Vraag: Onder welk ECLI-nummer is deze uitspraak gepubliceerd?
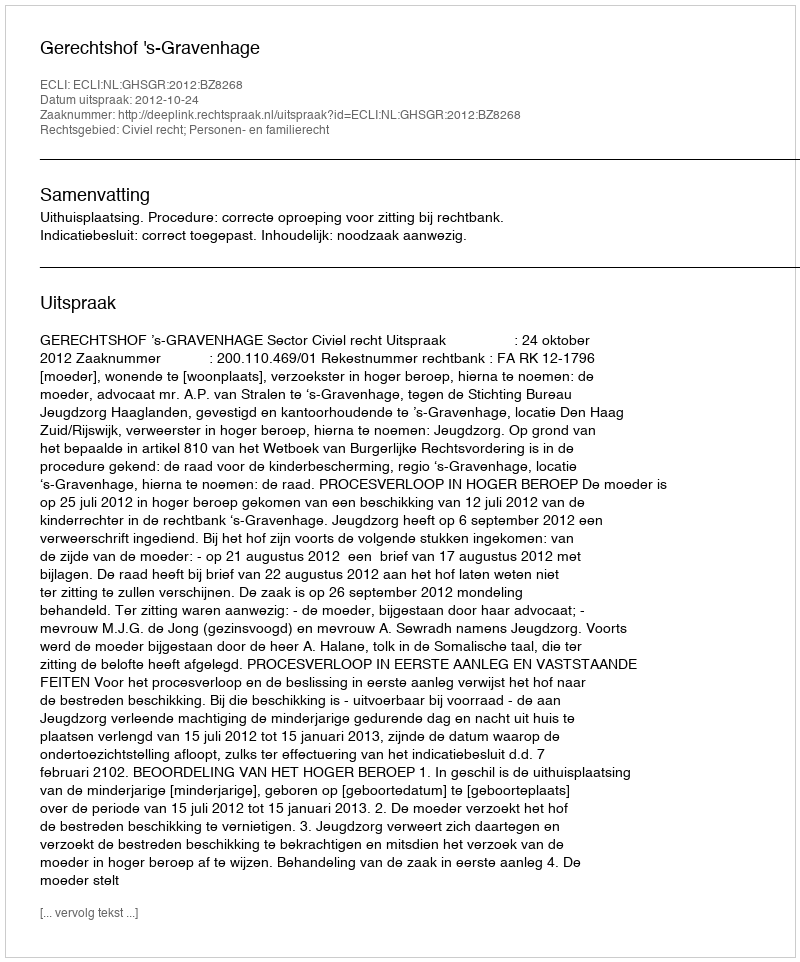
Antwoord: ECLI:NL:GHSGR:2012:BZ8268